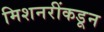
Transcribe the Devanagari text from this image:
मिशनरींकडून